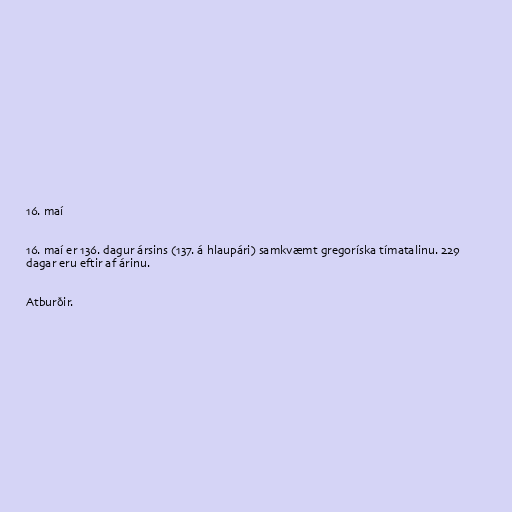
16. maí

16. maí er 136. dagur ársins (137. á hlaupári) samkvæmt gregoríska tímatalinu. 229
dagar eru eftir af árinu.

Atburðir.